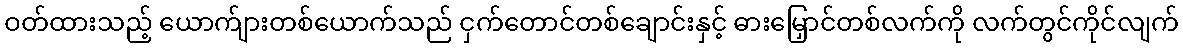
ဝတ်ထားသည့် ယောက်ျားတစ်ယောက်သည် ငှက်တောင်တစ်ချောင်းနှင့် ဓားမြှောင်တစ်လက်ကို လက်တွင်ကိုင်လျက်